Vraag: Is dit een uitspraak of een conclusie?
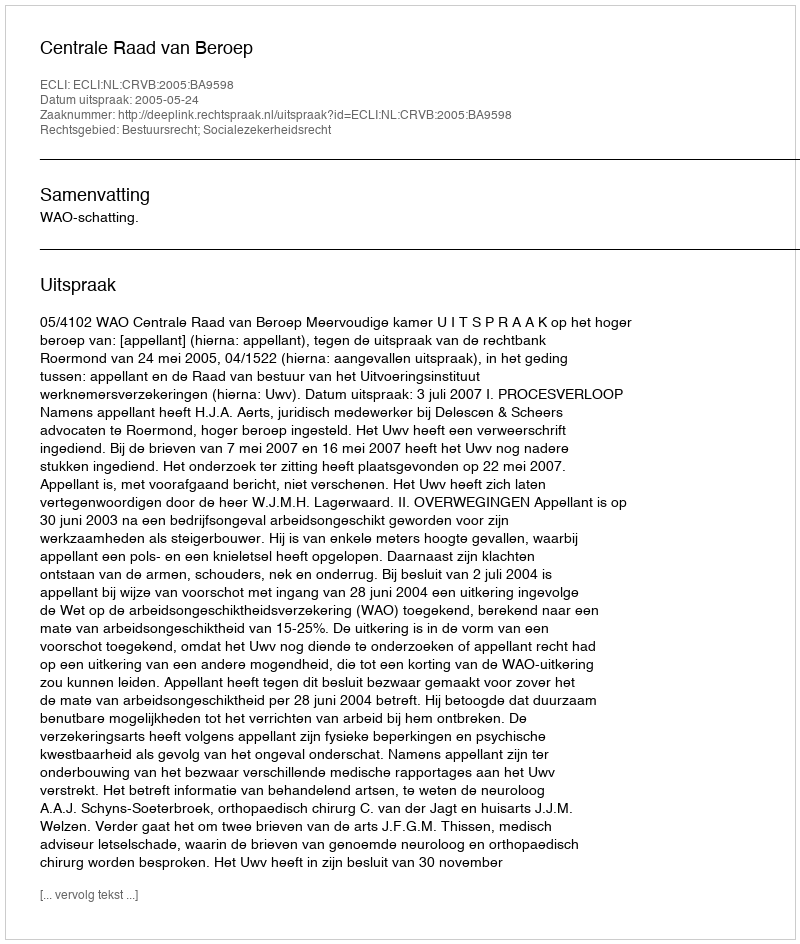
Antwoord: Uitspraak